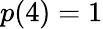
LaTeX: p(4)=1